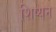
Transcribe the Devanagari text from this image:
शिष्यन